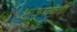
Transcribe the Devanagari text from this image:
भाऊरावाची